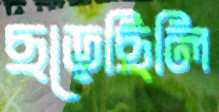
ছড়েছিলি